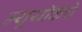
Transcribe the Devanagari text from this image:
न्यूयॉर्कचे